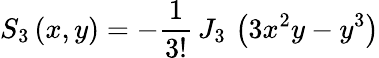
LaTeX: S_{3}\left(x,y\right)=-\frac{1}{3!}\, J_{3}\, \left(3x^{2}y-y^{3}\right)